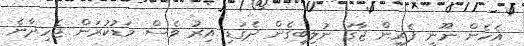
އެހެން ނޫނީ ފެރީން ޖާގަ ނުލިބިގެން ދެގަޑި އިރު ވެސް މަޑުކުރަން ޖެހިދާނެ